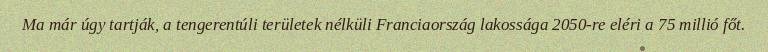
Ma már úgy tartják, a tengerentúli területek nélküli Franciaország lakossága 2050-re eléri a 75 millió főt.